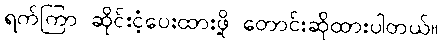
ရက်ကြာ ဆိုင်းငံ့ပေးထားဖို့ တောင်းဆိုထားပါတယ်။